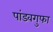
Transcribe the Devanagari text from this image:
पांडवगुफा